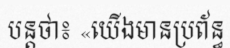
បន្តថា៖ «យើងមានប្រព័ន្ធ